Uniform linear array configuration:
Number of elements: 48
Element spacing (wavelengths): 0.25
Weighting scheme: uniform
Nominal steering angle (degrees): -60
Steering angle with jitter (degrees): -60.613
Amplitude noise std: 0.05
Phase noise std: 0.05

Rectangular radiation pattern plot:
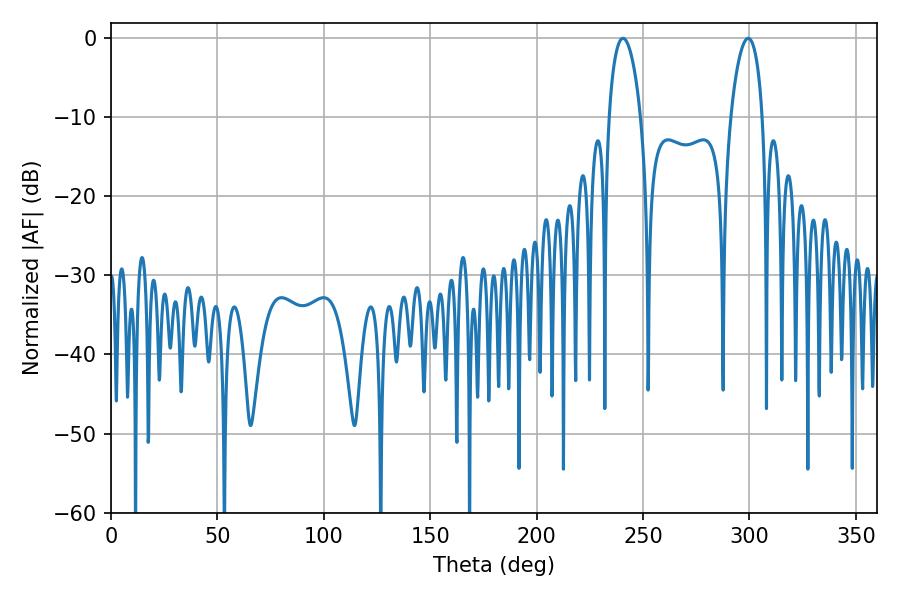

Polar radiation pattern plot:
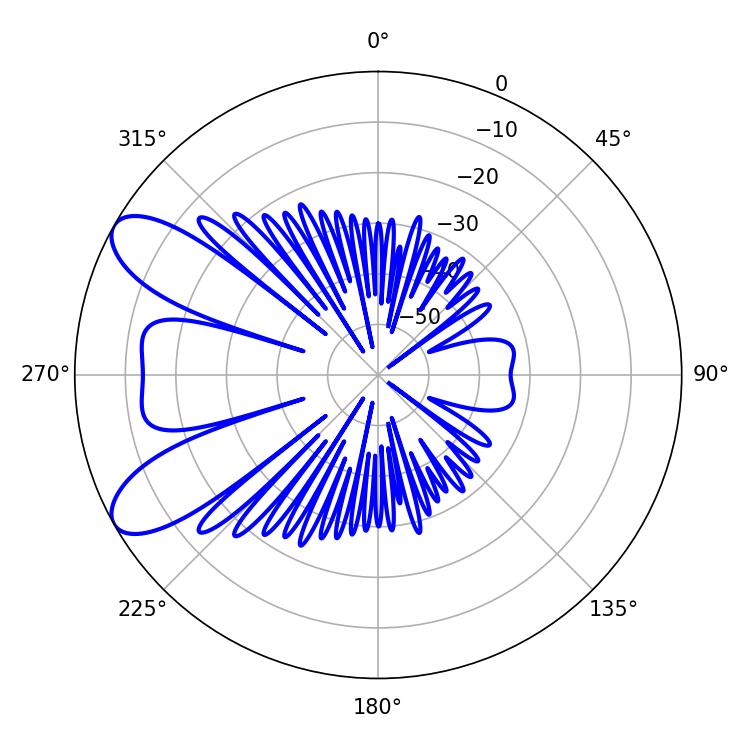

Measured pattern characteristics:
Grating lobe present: FALSE
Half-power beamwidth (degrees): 8.46
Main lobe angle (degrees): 240.66